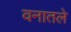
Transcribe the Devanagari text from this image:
वनातले